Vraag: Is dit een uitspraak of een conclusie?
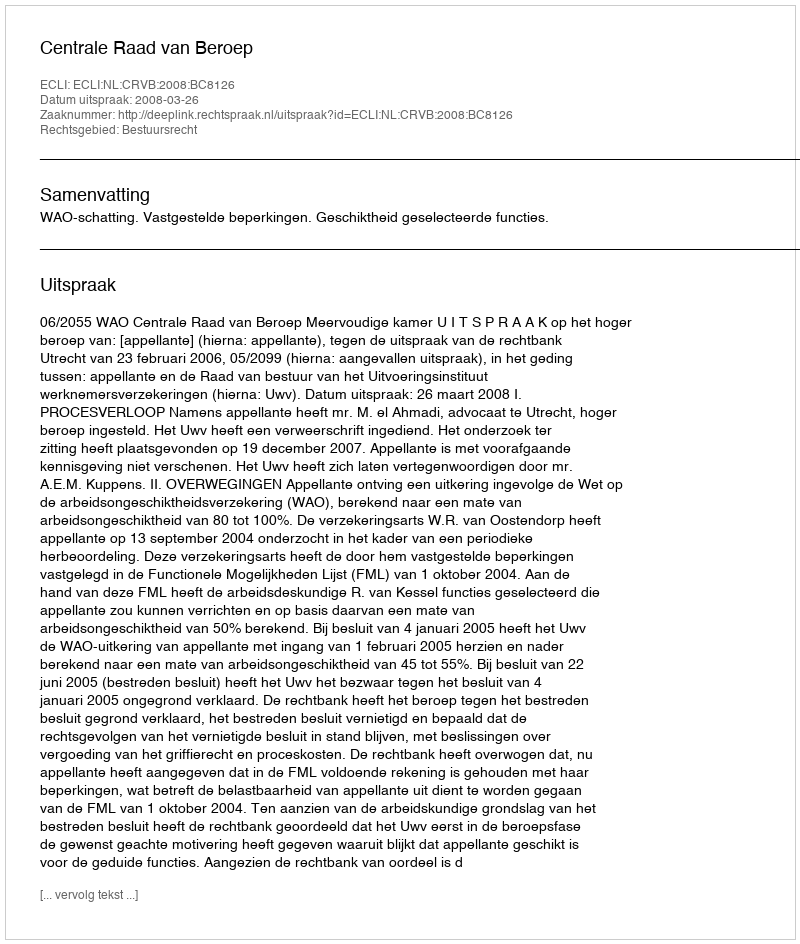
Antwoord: Uitspraak